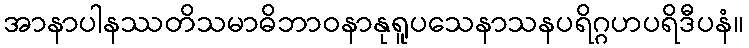
အာနာပါနဿတိသမာဓိဘာဝနာနုရူပသေနာသနပရိဂ္ဂဟပရိဒီပနံ။